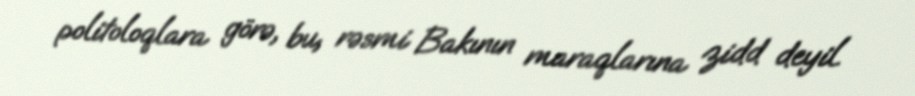
politoloqlara görə, bu, rəsmi Bakının maraqlarına zidd deyil.